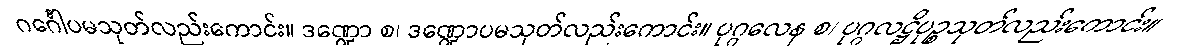
ဂင်္ဂေါပမသုတ်လည်းကောင်း။ ဒဏ္ဍော စ၊ ဒဏ္ဍောပမသုတ်လည်းကောင်း။ ပုဂ္ဂလေန စ၊ ပုဂ္ဂလဋ္ဌိပုဉ္စသုတ်လည်းကောင်း။